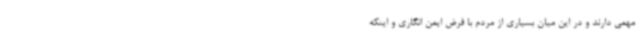
مهمی دارند و در این میان بسیاری از مردم با فرض ایمن انگاری و اینکه